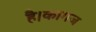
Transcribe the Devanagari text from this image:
है।कागज